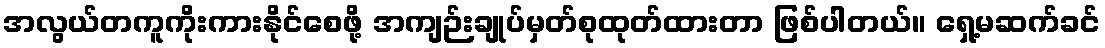
အလွယ်တကူကိုးကားနိုင်စေဖို့ အကျဉ်းချုပ်မှတ်စုထုတ်ထားတာ ဖြစ်ပါတယ်။ ရှေ့မဆက်ခင်